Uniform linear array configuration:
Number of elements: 4
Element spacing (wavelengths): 1
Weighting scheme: cosine
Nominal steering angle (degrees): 60
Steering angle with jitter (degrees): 60.99
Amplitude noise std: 0.05
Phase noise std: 0.05

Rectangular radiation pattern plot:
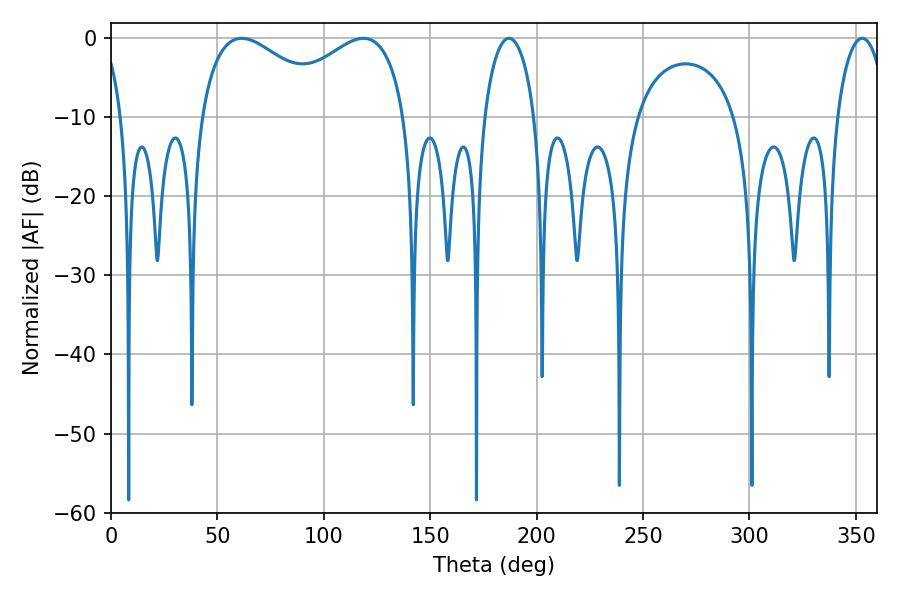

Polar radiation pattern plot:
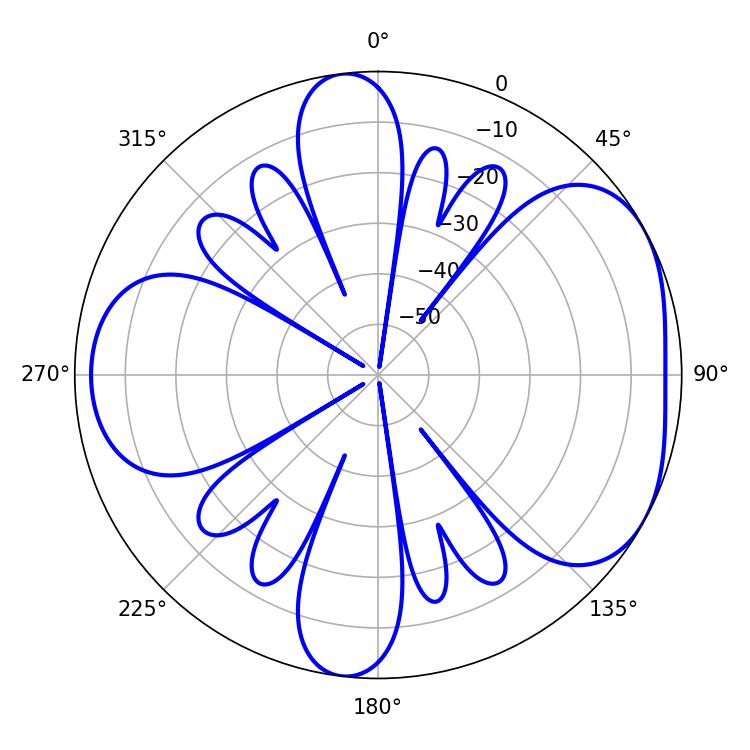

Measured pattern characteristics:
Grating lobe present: TRUE
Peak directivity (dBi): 4.757
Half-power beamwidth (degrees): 35.28
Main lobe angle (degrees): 61.38